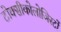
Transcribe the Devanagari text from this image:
टोक्सीकोलोजिस्टों